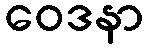
ဝေဒနာ